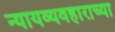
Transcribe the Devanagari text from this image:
न्यायव्यवहाराच्या